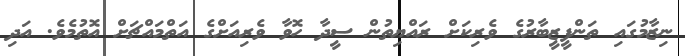
ނިޒާމުގައި ތަންފީޒީބާރުގެ ވެރިކަށް ރައްޔިތުން ސީދާ ހޮވާ ވެރިއަށްގެ އަތްމައްޗަށް އޮތުމެވެ. އަދި